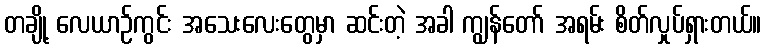
တချို့ လေယာဉ်ကွင်း အသေးလေးတွေမှာ ဆင်းတဲ့ အခါ ကျွန်တော် အရမ်း စိတ်လှုပ်ရှားတယ်။